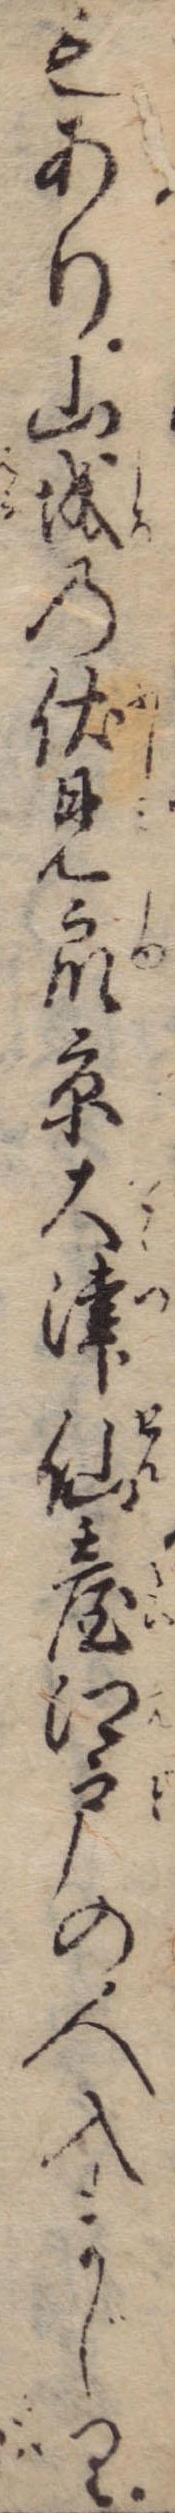
もあり山城の伏見衆京大津仙台江戸の人入まじり